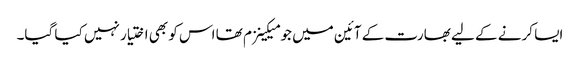
ایسا کرنے کے لیے بھارت کے آئین میں جو میکینزم تھا اس کو بھی اختیار نہیں کیا گیا۔